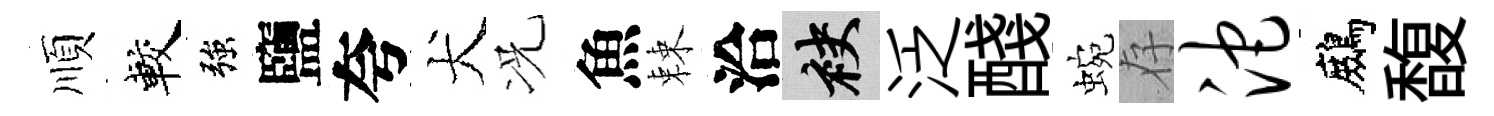
順較強鹽夸犬况魚棘洽袂泛醆蜿存沱鷓馥